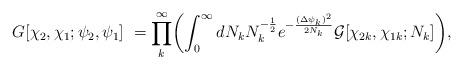
LaTeX: \begin{align*}G [\chi_2, \chi_1; \psi_2, \psi_1] ~ = \prod_k^\infty \biggl( \int_0^\infty dN_k N_k^{-{1\over 2}} e^{-{{(\Delta \psi_k)}^2\over 2N_k}} {\cal G} [ \chi_{2k},\chi_{1k}; N_k ] \biggr), \end{align*}